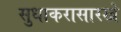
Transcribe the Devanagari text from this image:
सुधाकरासारखे